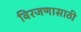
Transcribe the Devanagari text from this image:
विरजणासाठी